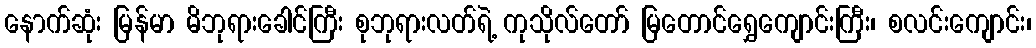
နောက်ဆုံး မြန်မာ မိဘုရားခေါင်ကြီး စုဘုရားလတ်ရဲ့ ကုသိုလ်တော် မြတောင်ရွှေကျောင်းကြီး၊ စလင်းကျောင်း၊